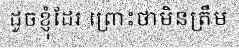
ដូចខ្ញុំដែរ ព្រោះថាមិនត្រឹម